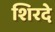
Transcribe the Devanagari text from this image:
शिरदे